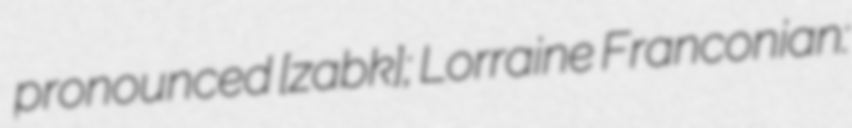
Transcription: pronounced [ˈzaːɐ̯bʊʁk]; Lorraine Franconian: